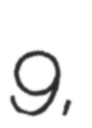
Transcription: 9,